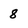
Character: 8